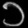
Digit: ၁